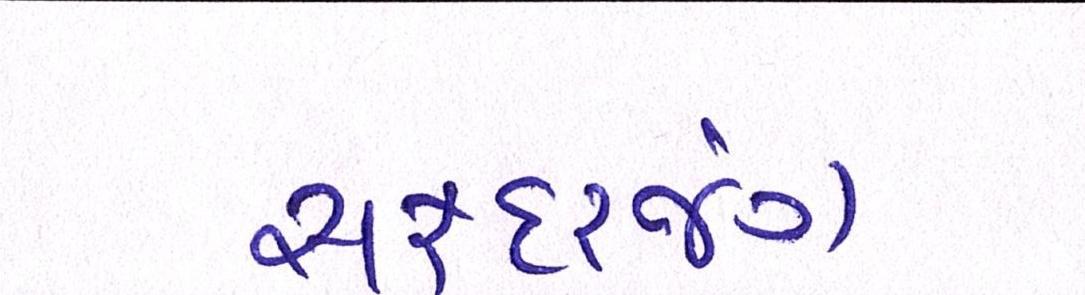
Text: સફદરજંગ